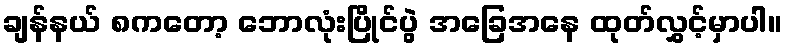
ချန်နယ် ၈ကတော့ ဘောလုံးပြိုင်ပွဲ အခြေအနေ ထုတ်လွှင့်မှာပါ။